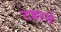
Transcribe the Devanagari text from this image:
टहरने